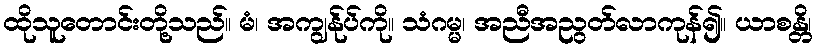
ထိုသူတောင်းတို့သည်။ မံ၊ အကျွန်ုပ်ကို။ သံဂမ္မ၊ အညီအညွတ်လာကုန်၍။ ယာစန္တိ၊